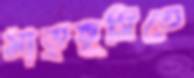
মাতৃভূমিতে